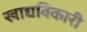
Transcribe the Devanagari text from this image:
खाद्यविकारी